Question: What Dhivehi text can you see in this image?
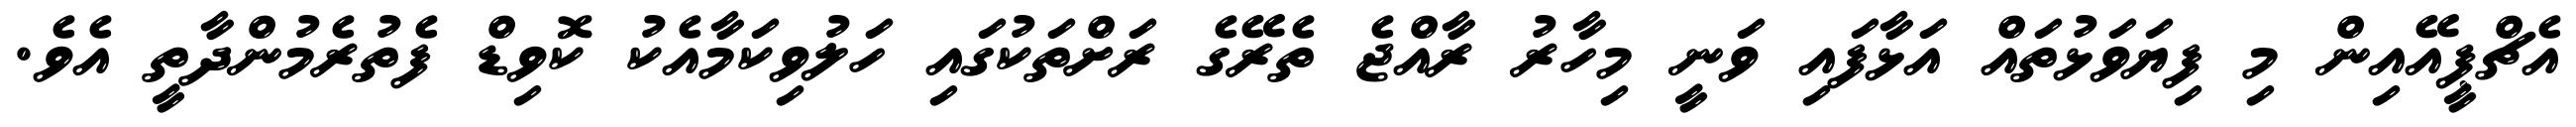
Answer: އެޗްޕީއޭއިން މި ފިޔަވަޅުތައް އަޅާފައި ވަނީ މިހާރު ރާއްޖެ ތެރޭގެ ރަށްތަކުގައި ހަލުވިކަމާއެކު ކޮވިޑް ފެތުރެމުންދާތީ އެވެ.